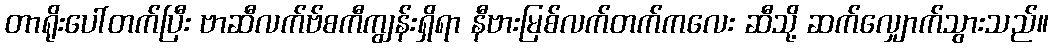
တာရိုးပေါ်တက်ပြီး ဗာဆီလက်ဗ်စကီကျွန်းရှိရာ နီဗားမြစ်လက်တက်ကလေး ဆီသို့ ဆက်လျှောက်သွားသည်။